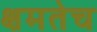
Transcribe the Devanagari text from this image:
क्षमतेच